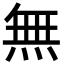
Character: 無